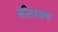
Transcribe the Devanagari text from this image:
मीटरतक